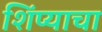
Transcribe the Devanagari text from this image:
शिंप्याचा